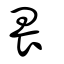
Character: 畏